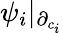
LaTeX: \psi_{i}|_{\partial_{c_{i}}}